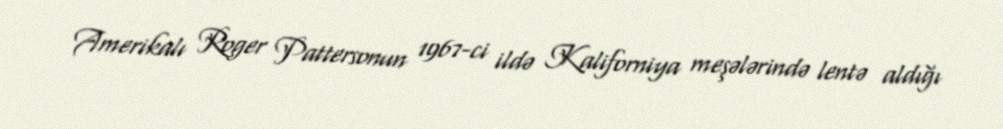
Amerikalı Roger Pattersonun 1967-ci ildə Kaliforniya meşələrində lentə aldığı